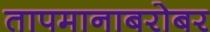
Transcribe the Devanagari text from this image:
तापमानाबरोबर